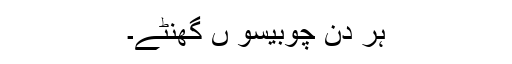
ہر دن چوبیسو ں گھنٹے۔